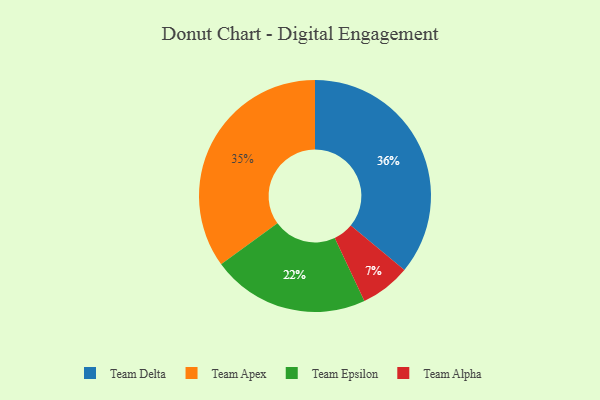
{"axis": {"x": "Category", "y": "Percentage"}, "legend": ["Team Alpha", "Team Apex", "Team Delta", "Team Epsilon"], "data": [{"x": "Team Alpha", "y": 7, "type": "Team Alpha"}, {"x": "Team Epsilon", "y": 22, "type": "Team Epsilon"}, {"x": "Team Apex", "y": 35, "type": "Team Apex"}, {"x": "Team Delta", "y": 36, "type": "Team Delta"}]}